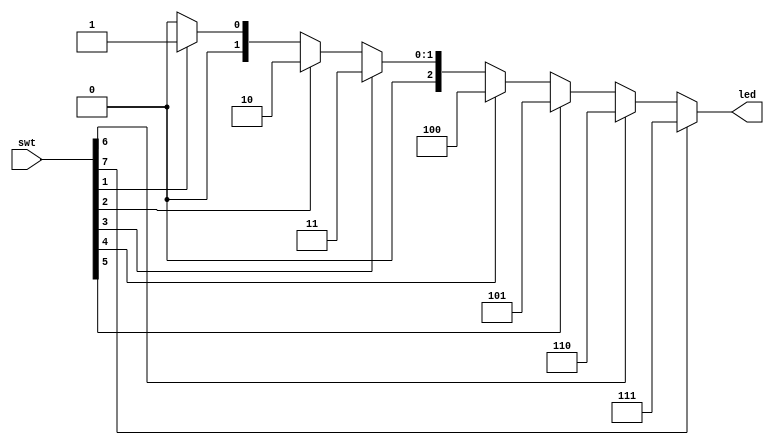
module project_4(
    input [7:0] swt,
    output [2:0] led
    );
    
    reg [2:0] led;
    
    always@(swt)
    begin
    if(swt[7])
    led=3'b111;
    else if(swt[6])
    led=3'b110;
    else if(swt[5])
    led=3'b101;
    else if(swt[4])
    led=3'b100;
    else if(swt[3])
    led=3'b011;
    else if(swt[2])
    led=3'b010;
    else if(swt[1])
    led=3'b001;
    else if(swt[0])
    led=3'b000;
    else
    led=3'b000;
    end
    
endmodule